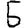
Digit: 5